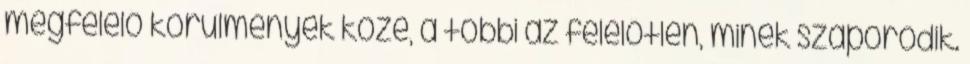
megfelelő körülmények közé, a többi az felelőtlen, minek szaporodik.